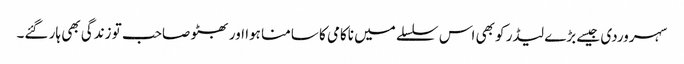
سہروردی جیسے بڑے لیڈر کو بھی اس سلسلے میں ناکامی کا سامنا ہوا اور بھٹو صاحب تو زندگی بھی ہار گئے۔